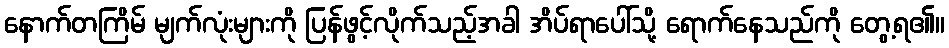
နောက်တကြိမ် မျက်လုံးများကို ပြန်ဖွင့်လိုက်သည့်အခါ အိပ်ရာပေါ်သို့ ရောက်နေသည်ကို တွေ့ရ၏။